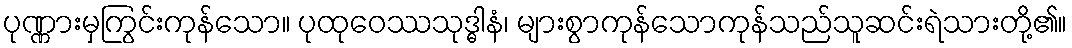
ပုဏ္ဏားမှကြွင်းကုန်သော။ ပုထုဝေဿသုဒ္ဓါနံ၊ များစွာကုန်သောကုန်သည်သူဆင်းရဲသားတို့၏။